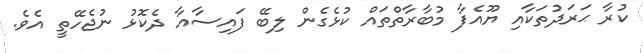
ކުރާ ޙަރަދުތަކާއި ޔޫއެފާ މުބާރާތްތައް ކުޅެގެން ލިބޭ ފައިސާއާ ދެކޮޅު ނުޖެހޭތީ އެވެ.